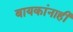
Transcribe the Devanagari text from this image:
बायकांनाही